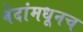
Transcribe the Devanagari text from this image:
वेदांमधूनच